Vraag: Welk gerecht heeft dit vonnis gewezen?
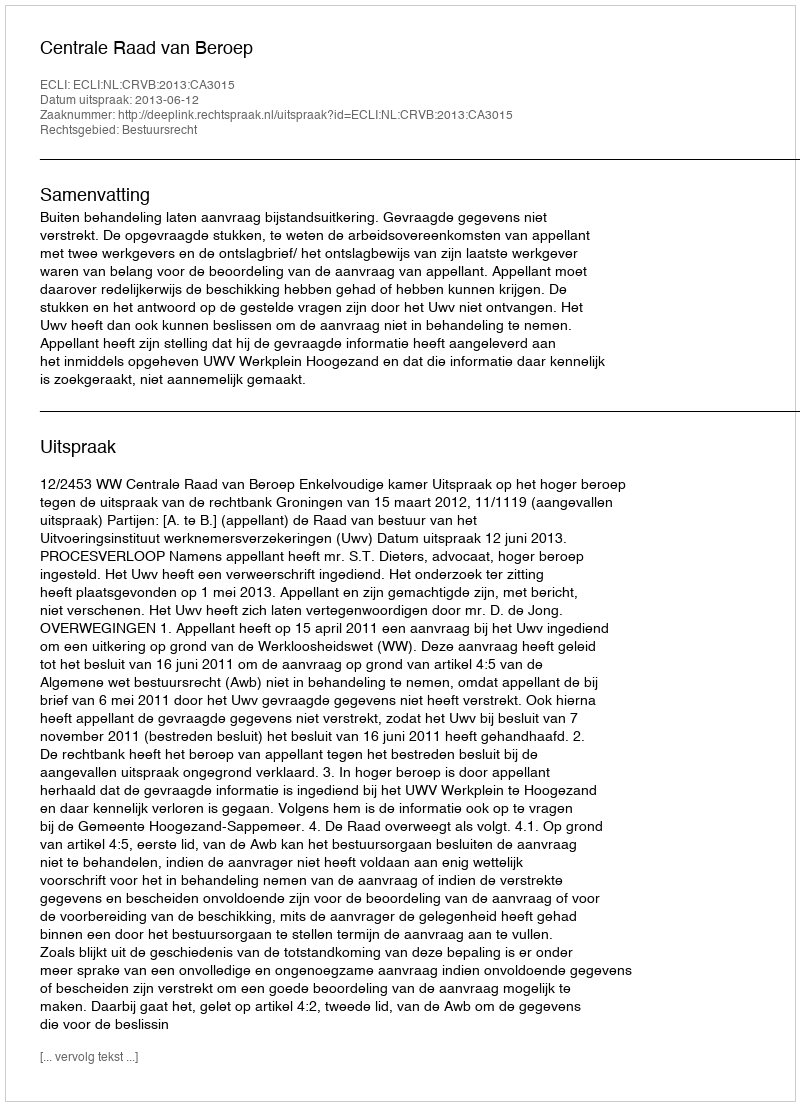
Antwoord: Centrale Raad van Beroep